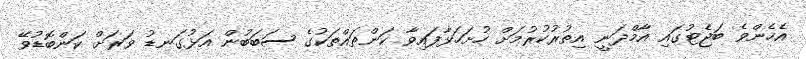
އެހެންވެ ބަޖެޓުގައި އާމްދަނީ އިތުރުކުރުމަށް ހުށަހަޅާފައިވާ ކަންތައްތަކުގެ ސަބަބުން އަޅުގަނޑު ވަރަށް ކަންބޮޑުވޭ